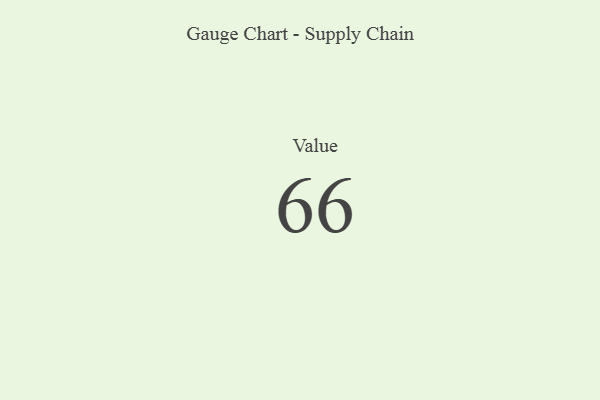
{"axis": {"x": "Metric", "y": "Value"}, "legend": [""], "data": [{"x": "Value", "y": 66, "type": ""}]}